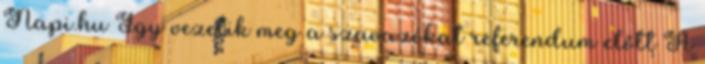
Napi.hu Így vezetik meg a szavazókat referendum előtt A